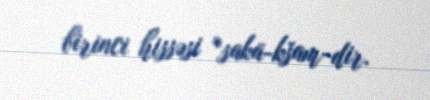
birinci hissəsi *sakā-kšam-dir.